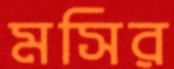
মসির